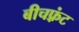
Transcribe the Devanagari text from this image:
बीचफ़्रंट